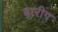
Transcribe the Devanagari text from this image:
बारीग